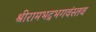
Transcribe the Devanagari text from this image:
श्रीरामभद्रभगवंस्तव